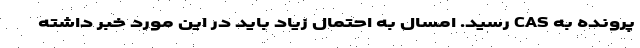
پرونده به CAS رسید. امسال به احتمال زیاد باید در این مورد خبر داشته